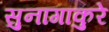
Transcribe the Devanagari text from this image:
सुनागाकुरे